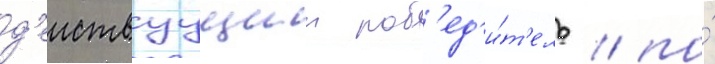
д'еиствуущии поб'ед'и́т'ель / по́